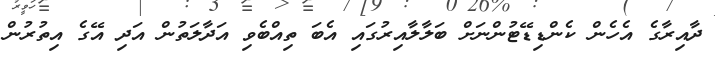
ދާއިރާގެ އެހެން ކެންޑިޑޭޓުންނަށް ބަލާލާއިރުގައި އެބަ ތިއްބެވި އަދާލަތުން އަދި އޭގެ އިތުރުން